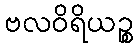
ဗလဝိရိယဉ္စ